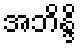
အဘိန္ဒိ